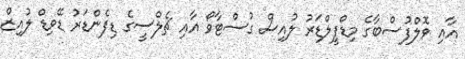
އާއި ވޮލްފުސްބާގެ މިޑްފީލްޑަރު ލުއިސް ގުސްޓާވޯ އާއި ޗެލްސީގެ ޑިފެންޑަރު ޑޭވިޑް ލުއިޒް